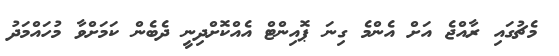
މެޗުގައި ރާއްޖެ އަށް އެންމެ ގިނަ ޕޮއިންޓް އެއްކޮށްދިނީ ދެބެން ކަމަށްވާ މުހައްމަދު